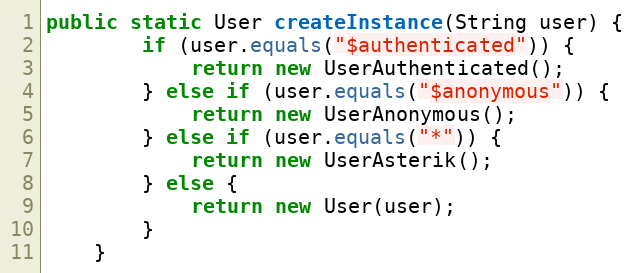
Language: Java
public static User createInstance(String user) {
        if (user.equals("$authenticated")) {
            return new UserAuthenticated();
        } else if (user.equals("$anonymous")) {
            return new UserAnonymous();
        } else if (user.equals("*")) {
            return new UserAsterik();
        } else {
            return new User(user);
        }
    }